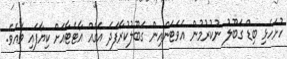
ހުށަހެޅި ބިޑް ގަބޫލު ނުކުރުމުން އެވަޓަންއިން ގަބޫލުކުރާފަދަ އަގެއް އާޓެޓާއަށް ކިޔާފައި ވެއެވެ.